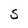
Character: S